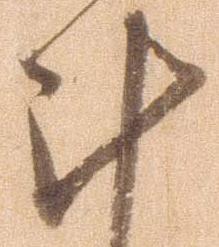
計